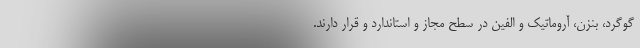
گوگرد، بنزن، آروماتیک و الفین در سطح مجاز و استاندارد و قرار دارند.